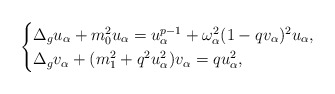
\begin{align*}\begin{cases}\Delta_g u_\alpha+m_0^2 u_\alpha=u_\alpha^{p-1}+\omega_\alpha^2(1-qv_\alpha)^2 u_\alpha,\\\Delta_g v_\alpha +(m_1^2+q^2u_\alpha^2)v_\alpha=qu_\alpha^2,\end{cases}\end{align*}